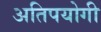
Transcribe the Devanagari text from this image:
अतिपयोगी